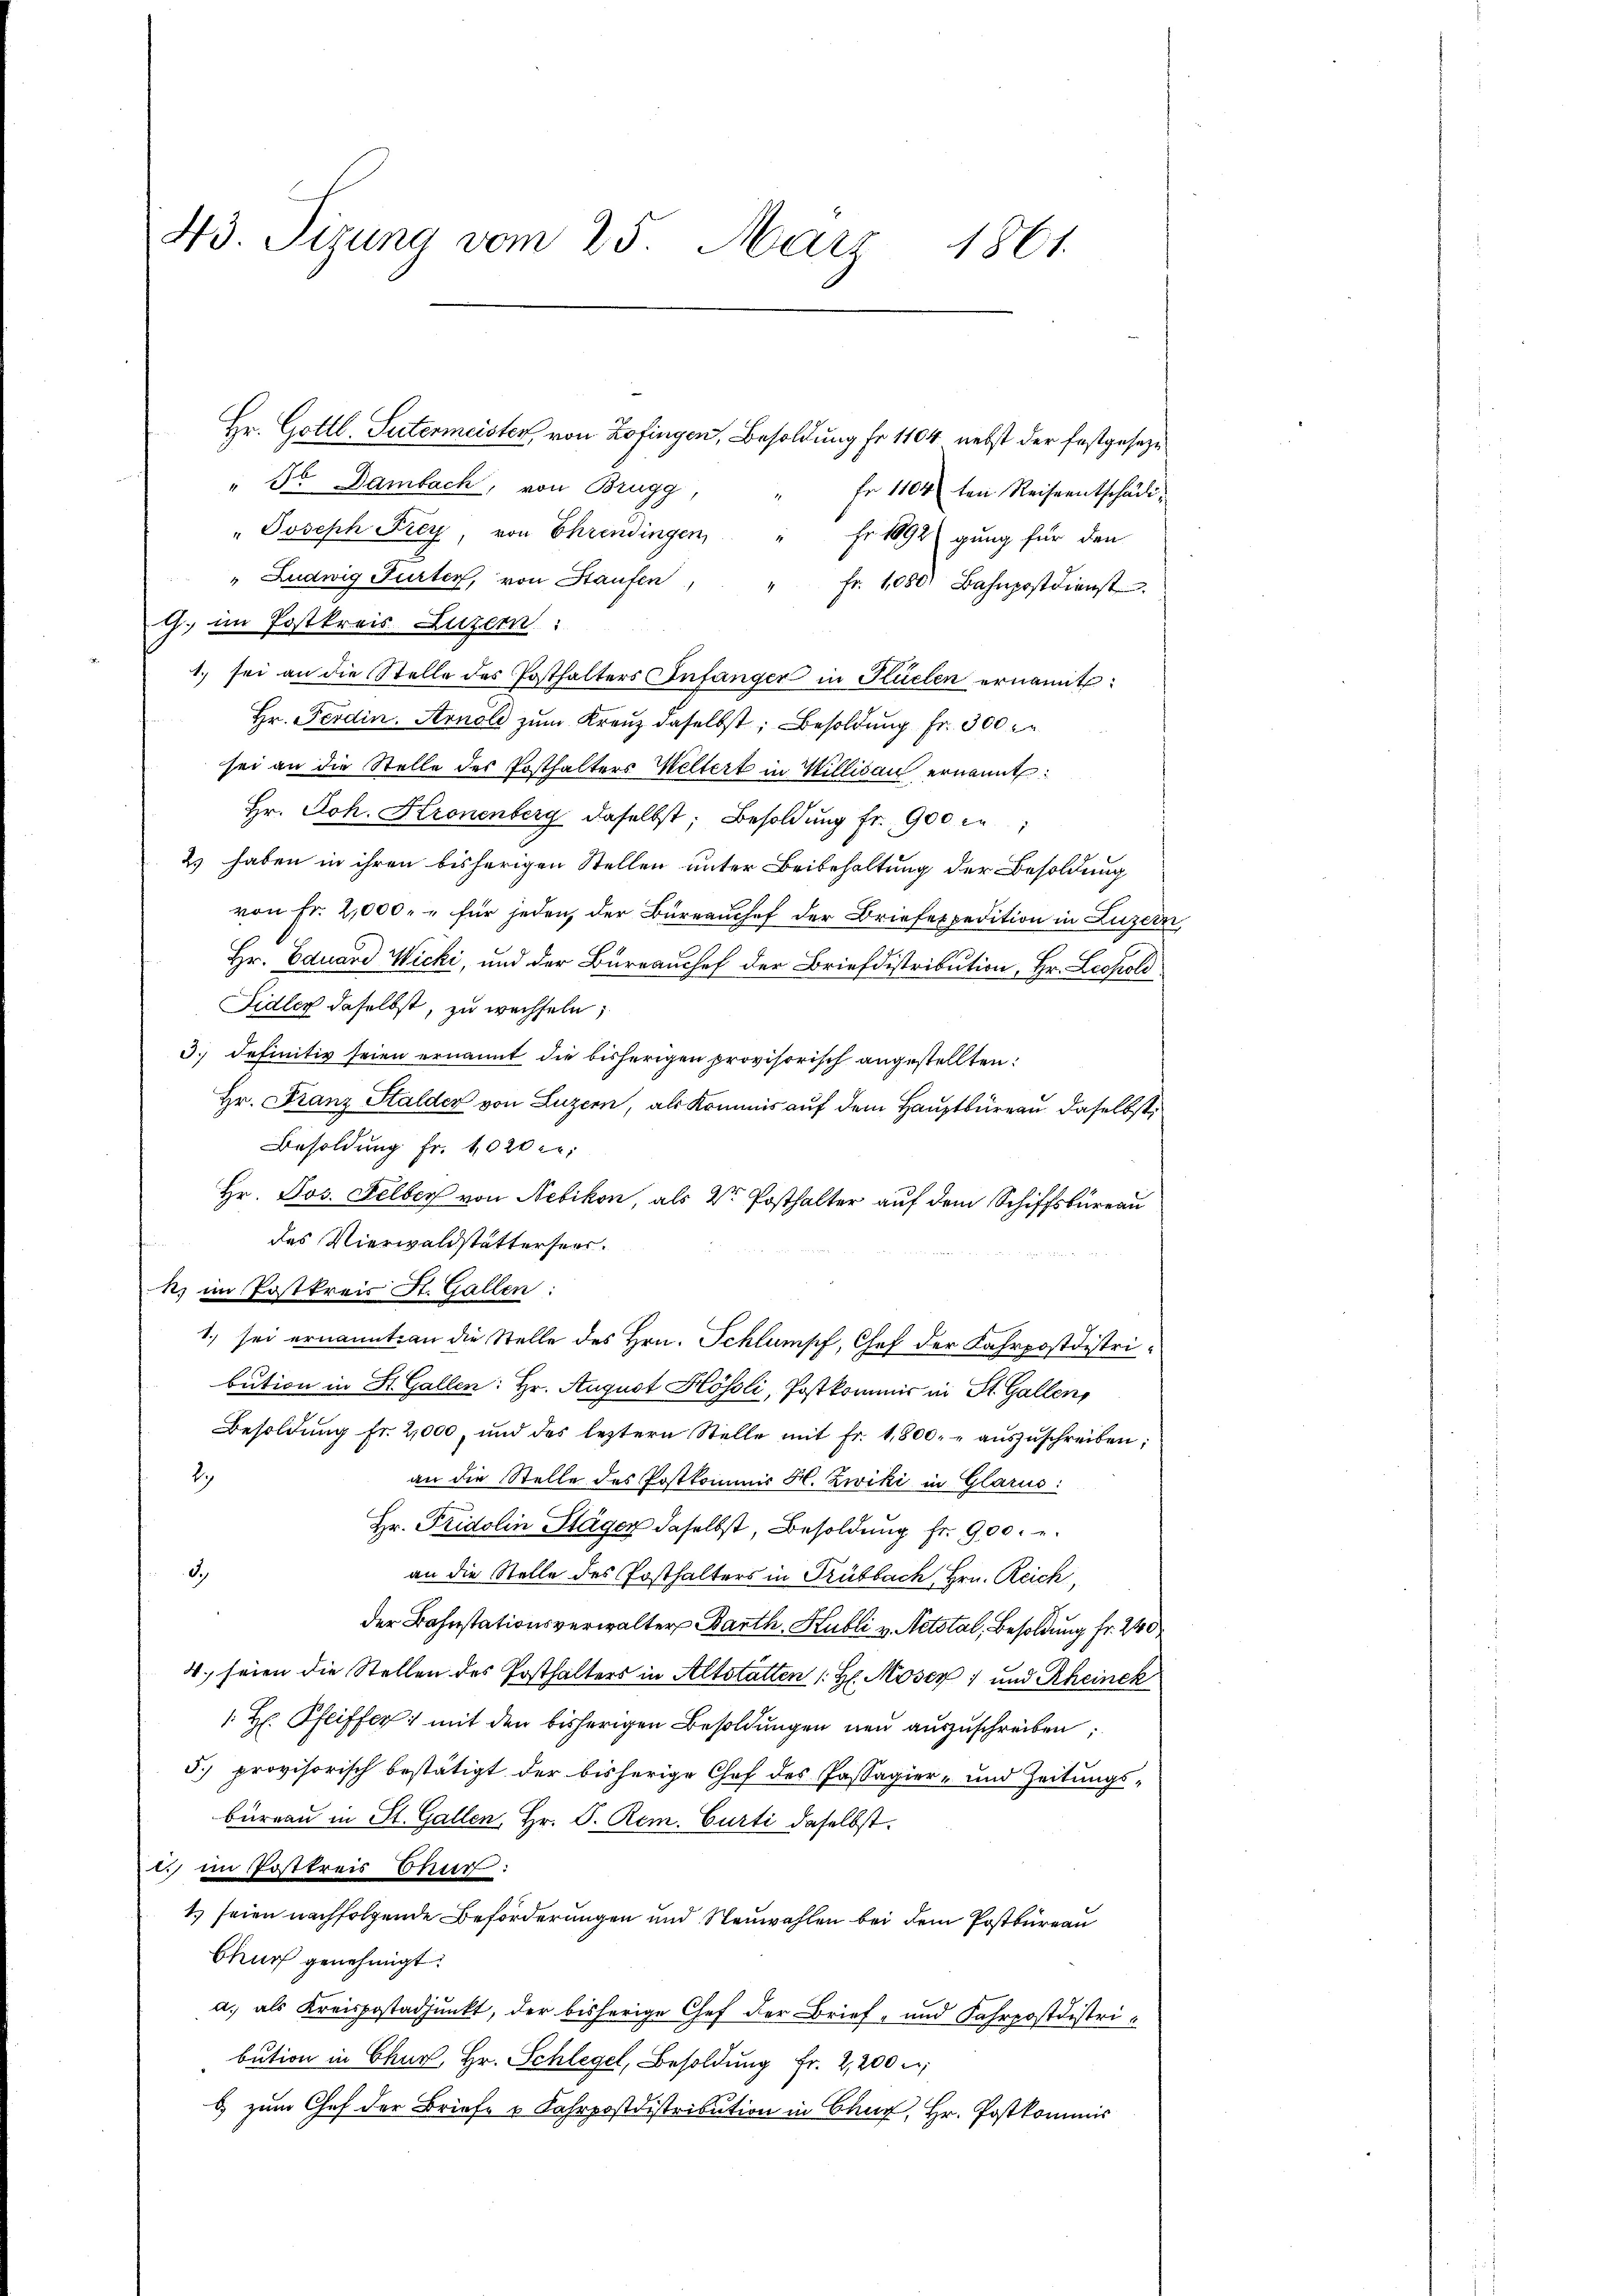
43. Tizung vom 25. März 1861.

Hr. Gottl. Sutermeister, von Zofingen, Besoldung fr. 1104 nebst der festgeseze
" Sr. Dambach, von Brugg
Fr 1104 ten Reiseentschädi¬
" Joseph Frey, von Ehrendingen, " Fr. 1892 gŭng für den
" Ludwig Furten, von Staufen " " fr. 1080. Bahnpostdienst
G. im Postkreis Luzern:
1. sei an die Stelle des Posthalters Infanger in Hüelen ernannt:
Hr. Ferdin. Arnold zŭm Kreuz daselbst, Besoldung fr. 300
sei an die Stelle des Posthalters Weltert in Willisau ernannt:
Hr. Joh. Kronenberg daselbst; Besoldung fr. 900 c
2) haben in ihren bisherigen Stellen unter Beibehaltung der Besoldung
von Fr. 2,000. " für jeden, der Büreauchef der Briefespedition in Luzer
Hr. Eduard Wicki, und der Burrauchef der Briefdistribution, Hr. Leopold
Fidler daselbst, zu wechseln;
3. Definitiv seien ernannt die bisherigen provisorisch angestellten:
Hr. Franz Stalder von Luzern, als Kommis auf dem Hauptbüreau daselbst,
Besoldung fr. 1020 ct;
Hr. Jos. Felber von Nebikon, als V. Posthalter auf dem Schiffsbüreau
des Vierwaldstätterseer.
k. im Postkreis St. Gallen:
1. sei ernannt an die Stelle des Hrn. Schlumpf, Chef der Fahrpostdistribution in St. Gallen: Hr. August Hösli, Postkommis in St. Gallen,
Besoldŭng fr. 2,000, und des leztern Stelle mit Fr. 1800. aŭszŭschreiben;
2)
an die Stelle des Postkommis H. Zwiki in Glarus:
Hr. Fridolin Stägen daselbst, Besoldung fr. 900.
3.)
an die Stelle des Posthalters in Trübbach, Hrn. Reich,
der Bahnstationsverwalter Barth. Hubli v. Aetstal, Besoldung fr. 240
4. seien die Stellen des Posthalters in Altstalten (H. Moser 1 und Rheinek
1 H. Pfeiffer mit den bisherigen Besoldŭngen neu auszuschreiben,
5.) provisorisch bestätigt der bisherige Chef des Passagier- und Zeitungs-
bureau in St. Gallen, Hr. P. Rom. Curti daselbst.
. im Postkreis Churf:
1. seien nachfolgende Beförderungen und Neuwahlen bei dem Postbüreau
Churf genehmigt.
a.) als Kreispostadjunkt, der bisherige Chef der Brief- und Fahrpostdistri-
bution in Chur, Hr. Schlegel, Besoldung Fr. 2200 u
6 zum Chef der Briefe & Fahrpostdistribution in Chur, Hr. Postkommis